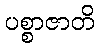
ပစ္စာဇာတိ